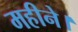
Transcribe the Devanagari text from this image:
महीने।